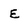
Character: E